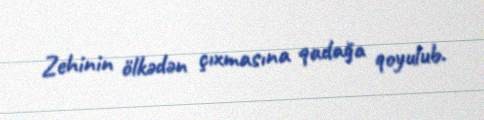
Zehinin ölkədən çıxmasına qadağa qoyulub.